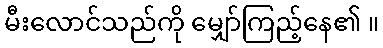
မီးလောင်သည်ကို မျှော်ကြည့်နေ၏ ။